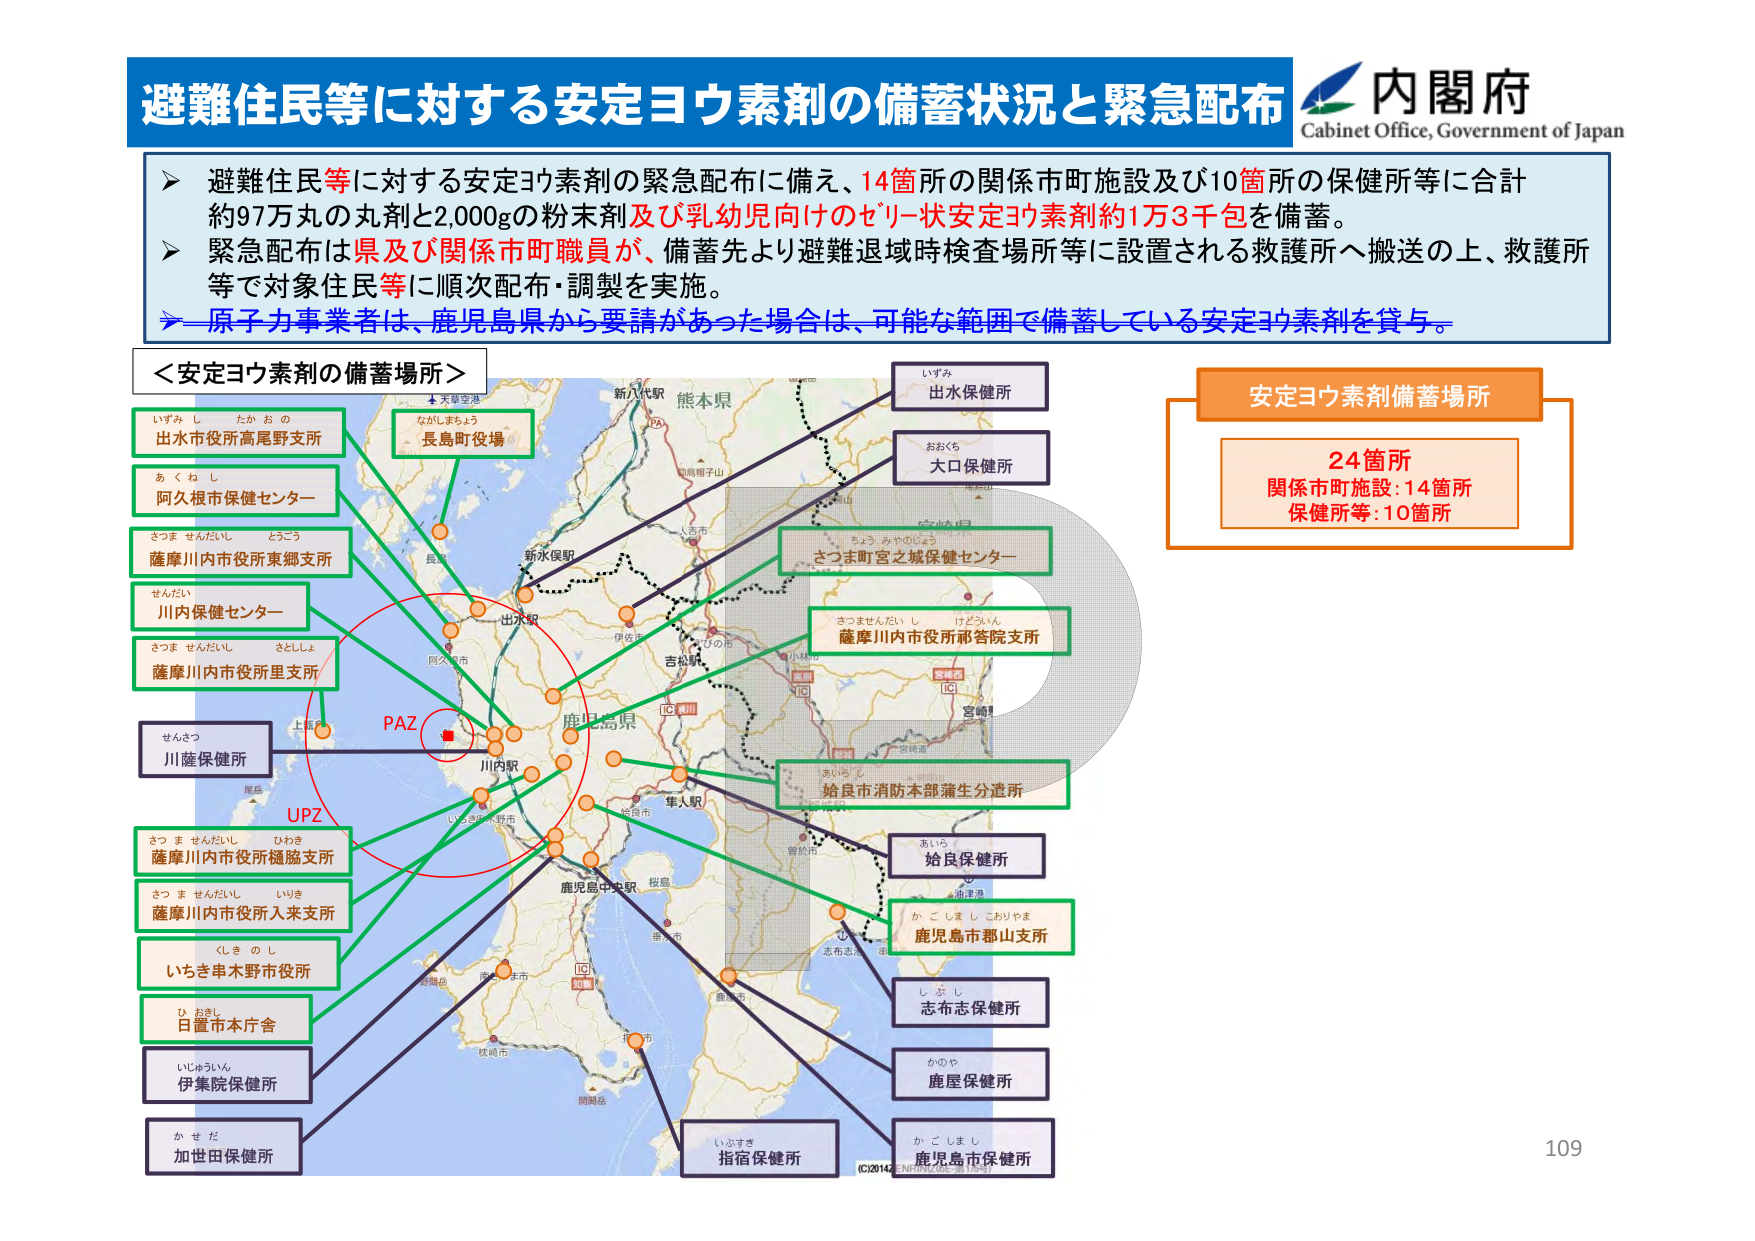
避難住民等に対する安定ヨウ素剤の備蓄状況と緊急配布
内閣府
Cabinet Office, Government of Japan

➤ 避難住民等に対する安定ヨウ素剤の緊急配布に備え、14箇所の関係市町施設及び10箇所の保健所等に合計約97万丸の丸剤と2,000gの粉末剤及び乳幼児向けのゼリー状安定ヨウ素剤約1万3千包を備蓄。
➤ 緊急配布は県及び関係市町職員が、備蓄先より避難退域時検査場所等に設置される救護所へ搬送の上、救護所等で対象住民等に順次配布・調製を実施。
➤ 原子力事業者は、鹿児島県から要請があった場合は、可能な範囲で備蓄している安定ヨウ素剤を貸与。

＜安定ヨウ素剤の備蓄場所＞
いすみ たかおの
出水市役所高尾野支所
あくねし
阿久根市保健センター
さつませんだいし とうこう
薩摩川内市役所東郷支所
せんだい
川内保健センター
さつませんだいし さとしょ
薩摩川内市役所里支所
せんさつ
川薩保健所
さつませんだいし ひわき
薩摩川内市役所鍾脇支所
さつませんだいし いりき
薩摩川内市役所入来支所
くしきのし
いちき串木野市役所
ひおきし
日置市本庁舎
いじゅういん
伊集院保健所
かせだ
加世田保健所
いすみ
出水保健所
おおくち
大口保健所
ちょうみやのじょう
さつま町宮之城保健センター
さつませんだいし けどういん
薩摩川内市役所祁答院支所
あいはし
姶良市消防本部蒲生分遣所
あいら
姶良保健所
かごしましこおりやま
鹿児島市郡山支所
しぶし
志布志保健所
かのや
鹿屋保健所
いぶすき
指宿保健所
かごしまし
鹿児島市保健所

安定ヨウ素剤備蓄場所
24箇所
関係市町施設：14箇所
保健所等：10箇所

PAZ
UPZ
熊本県
新八代駅
長島柳子山
人吉市
新水俣駅
出水駅
阿久根市
吉松駅
小林市
宮崎県
鹿児島県
川内駅
姶良市
隼人駅
鹿児島中央駅
桜島
鹿児島市
志布志市
奄美市
徳之島
沖縄島
大島
大隅半島
大隅海峡
大隅空港
（C）2014 ZENRIN CO.,LTD.
109